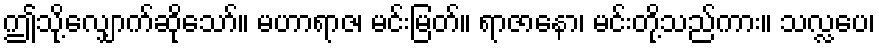
ဤသို့လျှောက်ဆိုသော်။ မဟာရာဇ၊ မင်းမြတ်။ ရာဇာနော၊ မင်းတို့သည်ကား။ သလ္လပေ၊